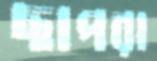
ছাপরা